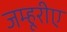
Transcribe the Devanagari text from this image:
जम्हूरीए